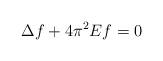
LaTeX: \begin{align*}\Delta f + 4 \pi^2 Ef=0\end{align*}